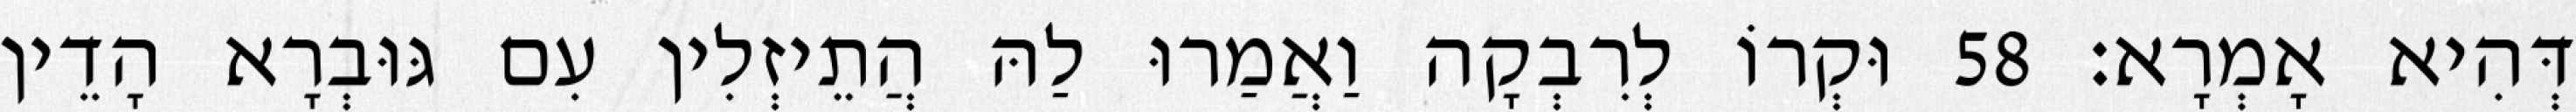
דְּהִיא אָמְרָא׃ 58 וּקְרוֹ לְרִבְקָה וַאֲמַרוּ לַהּ הֲתֵיזְלִין עִם גּוּבְרָא הָדֵין